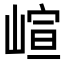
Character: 𡺟